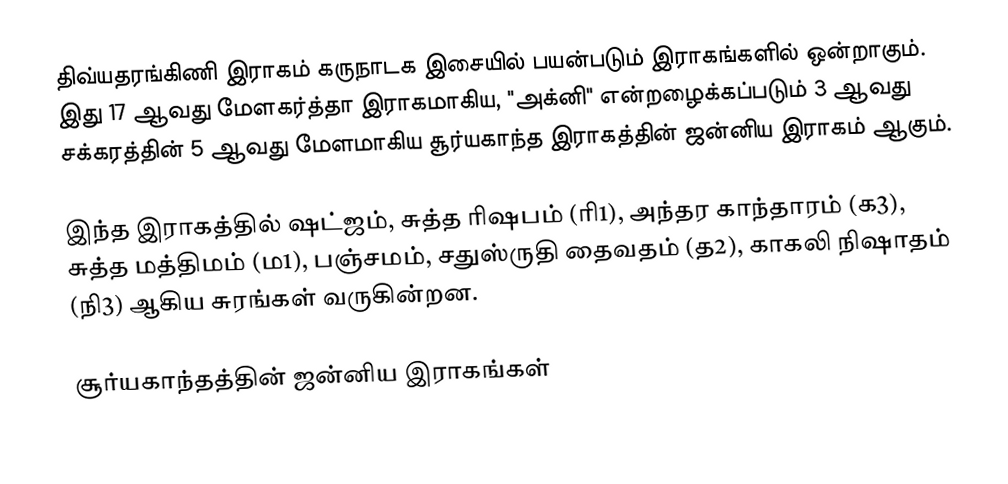
திவ்யதரங்கிணி இராகம் கருநாடக இசையில் பயன்படும் இராகங்களில் ஒன்றாகும். இது 17 ஆவது மேளகர்த்தா இராகமாகிய, "அக்னி" என்றழைக்கப்படும் 3 ஆவது சக்கரத்தின் 5 ஆவது மேளமாகிய சூர்யகாந்த இராகத்தின் ஜன்னிய இராகம் ஆகும்.

இந்த இராகத்தில் ஷட்ஜம், சுத்த ரிஷபம் (ரி1),  அந்தர காந்தாரம் (க3), சுத்த மத்திமம் (ம1), பஞ்சமம், சதுஸ்ருதி தைவதம் (த2), காகலி நிஷாதம்  (நி3) ஆகிய சுரங்கள் வருகின்றன.

சூர்யகாந்தத்தின் ஜன்னிய இராகங்கள்